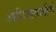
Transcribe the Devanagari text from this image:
आशियासाठीचे